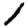
Digit: 1